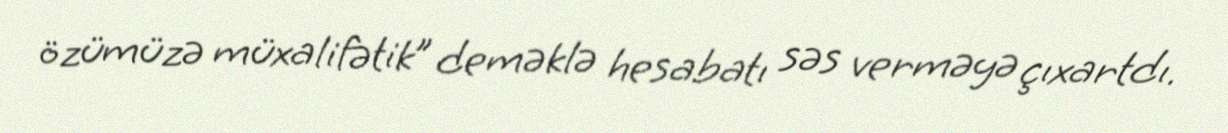
özümüzə müxalifətik” deməklə hesabatı səs verməyə çıxartdı.